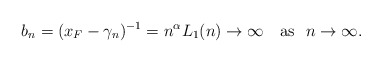
\begin{align*}b_n=(x_F - \gamma_n)^{-1} = n^{\alpha}L_1(n)\to\infty \quad\mbox{as }\ n\to\infty.\end{align*}